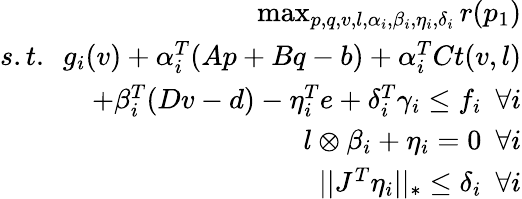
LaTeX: \begin{array}{r}{\operatorname*{max}_{p,q,v,l,\alpha_{i},\beta_{i},\eta_{i},\delta_{i}}{r(p_{1})}}\\ {s.t.~~g_{i}(v)+\alpha_{i}^{T}(Ap+Bq-b)+\alpha_{i}^{T}Ct(v,l)}\\ {+\beta_{i}^{T}(Dv-d)-\eta_{i}^{T}e+\delta_{i}^{T}\gamma_{i}\le f_{i}~~\forall i}\\ {l\otimes\beta_{i}+\eta_{i}=0~~\forall i}\\ {||J^{T}\eta_{i}||_{*}\le\delta_{i}~~\forall i}\end{array}